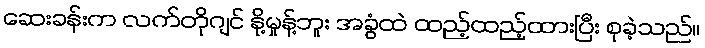
ဆေးခန်းက လက်တိုဂျင် နို့မှုန့်ဘူး အခွံထဲ ထည့်ထည့်ထားပြီး စုခဲ့သည်။